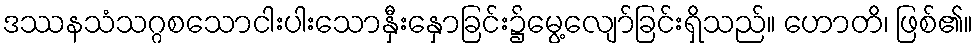
ဒဿနသံသဂ္ဂစသောငါးပါးသောနှီးနှောခြင်း၌မွေ့လျော်ခြင်းရှိသည်။ ဟောတိ၊ ဖြစ်၏။